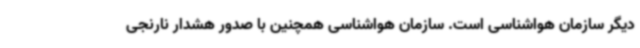
دیگر سازمان هواشناسی است. سازمان هواشناسی همچنین با صدور هشدار نارنجی